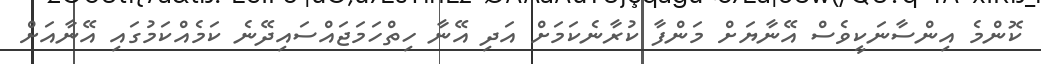
ކޮންމެ އިންސާނަކީވެސް އޭނާޔަށް މަންފާ ކުރާނެކަމަށް އަދި އޭނާ ހިތްހަމަޖައްސައިދޭނެ ކަމެއްކަމުގައި އޭނާއަށް